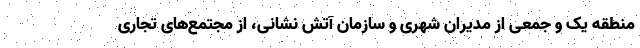
منطقه یک و جمعی از مدیران شهری و سازمان آتش نشانی، از مجتمع‌های تجاری